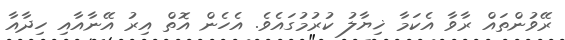
ރޭވުންތައް ރާވާ އެކަމާ ޚިޔާލު ކުރުމުގައެވެ. އެހެން އޮތް އިރު އޭނާއާއި ހިދާއާ